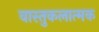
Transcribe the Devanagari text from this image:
वास्तुकलात्मक